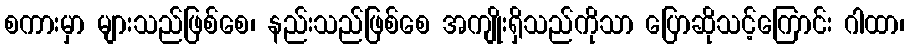
စကားမှာ များသည်ဖြစ်စေ၊ နည်းသည်ဖြစ်စေ အကျိုးရှိသည်ကိုသာ ပြောဆိုသင့်ကြောင်း ဂါထာ၊